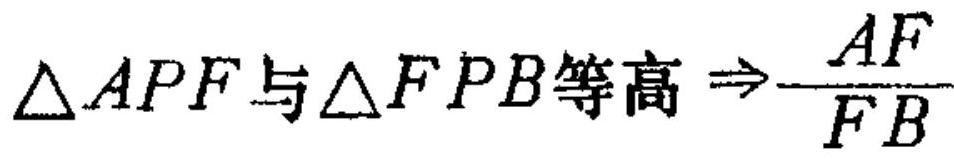
\(\triangle APF与\triangle FPB等高\Rightarrow\frac{AF}{FB}\)